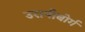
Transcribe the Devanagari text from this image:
उरानीबोर्ग